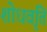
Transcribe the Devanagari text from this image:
शोधवृति